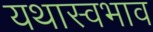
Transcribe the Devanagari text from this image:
यथास्वभाव